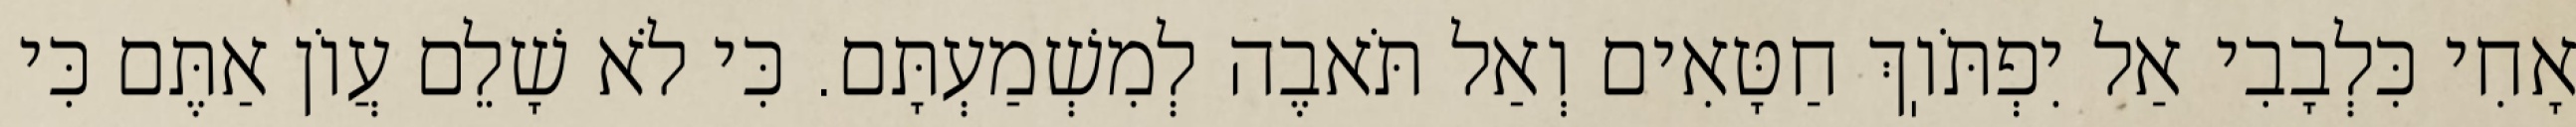
אָחִי כִּלְבָבִי אַל יִפְתֹּוֽךְ חַטָּאִים וְאַל תֹּאבֶה לְמִשְׁמַעְתָּם. כִּי לֹא שָׁלֵם עֲוֹן אַתֶּם כִּי